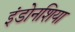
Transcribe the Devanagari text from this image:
इंडोनशिया